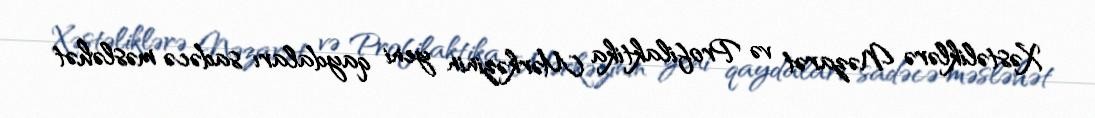
Xəstəliklərə Nəzarət və Profilaktika Mərkəzinin yeni qaydaları sadəcə məsləhət